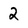
Character: 2